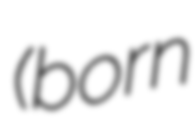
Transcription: (born